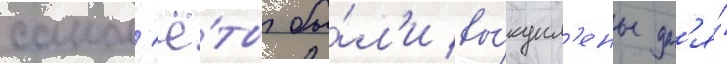
самол'ё́ты бы́л'и вы́купл'ены дл'я́